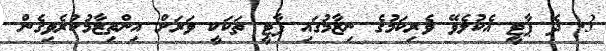
3. ދެ ޕާޓީ އެކުލެވޭ ވެރިކަމުގެ ނިޒާމުގައި ޕާޓީ ތަކަކީ ވަރަށް އިންތިޒާމުކުރެވިގެން